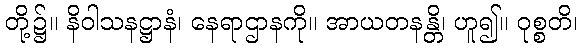
တို့၌။ နိဝါသနဋ္ဌာနံ၊ နေရာဌာနကို။ အာယတနန္တိ၊ ဟူ၍။ ဝုစ္စတိ၊